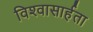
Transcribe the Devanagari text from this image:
विश्‍वासार्हता